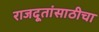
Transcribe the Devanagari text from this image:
राजदूतांसाठीचा